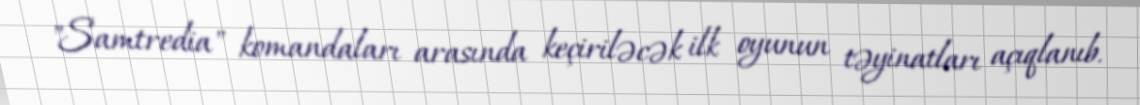
"Samtredia" komandaları arasında keçiriləcək ilk oyunun təyinatları açıqlanıb.